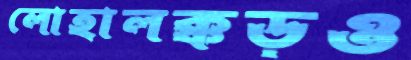
লোহালক্কড়ও